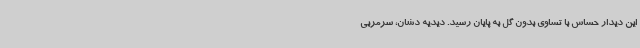
این دیدار حساس با تساوی بدون گل به پایان رسید. دیدیه دشان، سرمربی